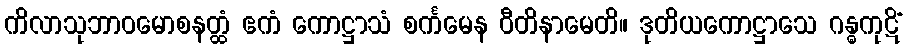
ကိလာသုဘာဝမောစနတ္ထံ ဧကံ ကောဋ္ဌာသံ စင်္ကမေန ဝီတိနာမေတိ။ ဒုတိယကောဋ္ဌာသေ ဂန္ဓကုဋိံ